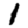
Digit: 1